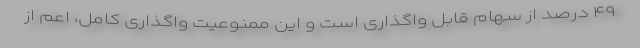
۴۹ درصد از سهام قابل واگذاری است و این ممنوعیت واگذاری کامل، اعم از